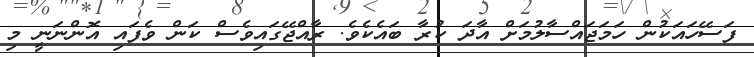
ފަސޭހައަކުން ހަމަޖައްސާލުމަށް އާދަ ކުރާ ބައެކެވެ. ރާއްޖޭގައިވެސް ކަން ވެފައި އޮންނަނީ މި